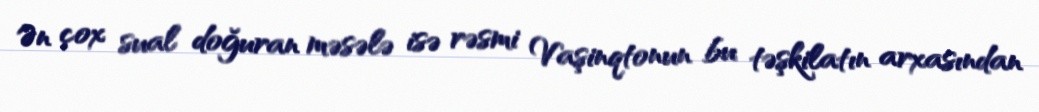
Ən çox sual doğuran məsələ isə rəsmi Vaşinqtonun bu təşkilatın arxasından